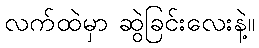
လက်ထဲမှာ ဆွဲခြင်းလေးနဲ့။